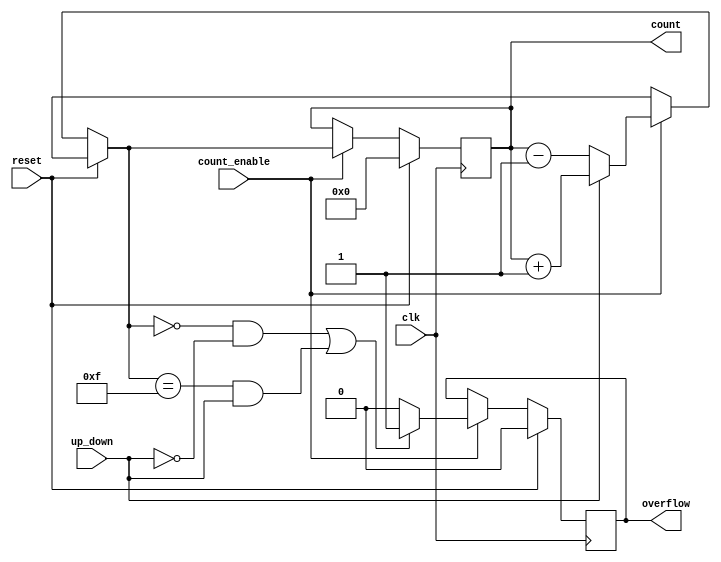
module cascaded_counter (
    input wire clk,              // Clock input
    input wire reset,            // Synchronous reset
    input wire count_enable,     // Count enable signal
    input wire up_down,          // Up/Down control (1 for up, 0 for down)
    output reg [3:0] count,      // 4-bit count output
    output reg overflow          // Overflow flag
);

    // Internal signal to hold the next count value
    reg [3:0] next_count;

    // Sequential logic for the counter
    always @(posedge clk) begin
        if (reset) begin
            count <= 4'b0000;      // Initialize count to 0 on reset
            overflow <= 1'b0;      // Clear overflow flag
        end else if (count_enable) begin
            // Determine next count value based on up/down control
            if (up_down) begin
                next_count = count + 1'b1;  // Count up
            end else begin
                next_count = count - 1'b1;  // Count down
            end
            
            // Check for overflow condition
            if ((next_count == 4'b0000 && !up_down) || (next_count == 4'b1111 && up_down)) begin
                overflow <= 1'b1;          // Set overflow flag
            end else begin
                overflow <= 1'b0;          // Reset overflow flag
            end
            
            // Update the count
            count <= next_count;
        end
    end

endmodule